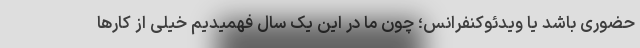
حضوری باشد یا ویدئوکنفرانس؛ چون ما در این یک سال فهمیدیم خیلی از کارها